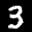
Label: 3